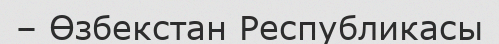
– Өзбекстан Республикасы